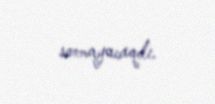
sormayacaqdı.